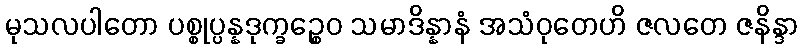
မုသလပါတော ပစ္စုပ္ပန္နဒုက္ခဉ္စေဝ သမာဒိန္နာနံ အသံဝုတေဟိ ဇလတေ ဇနိန္ဒာ